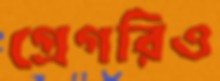
গ্রেগরিও